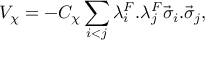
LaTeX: V _ { \chi } = - C _ { \chi } \sum _ { i < j } \lambda _ { i } ^ { F } . \lambda _ { j } ^ { F } \vec { \sigma } _ { i } . \vec { \sigma } _ { j } ,